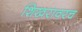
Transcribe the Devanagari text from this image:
शिखरावरच